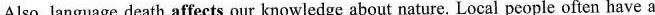
Also, language deathaffects \underline{ affects} our knowledge about nature. Local people often have a